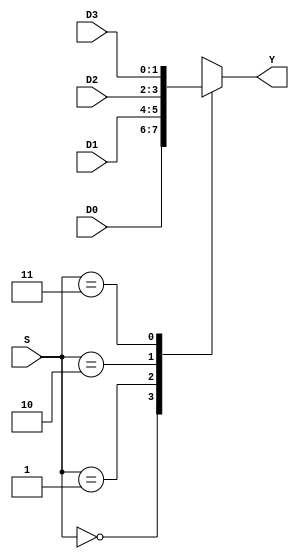
module mux_4_1 (D3, D2, D1, D0, S, Y);

input [1:0] D3, D2, D1, D0, S;
output [1:0] Y;
reg [1:0] R;

always @(*) begin
   case (S)
    2'b00 : R = D0;
    2'b01 : R = D1;
    2'b10 : R = D2;
    2'b11 : R = D3;
    default : R = 2'b00;
endcase 
end

assign Y = R;

endmodule